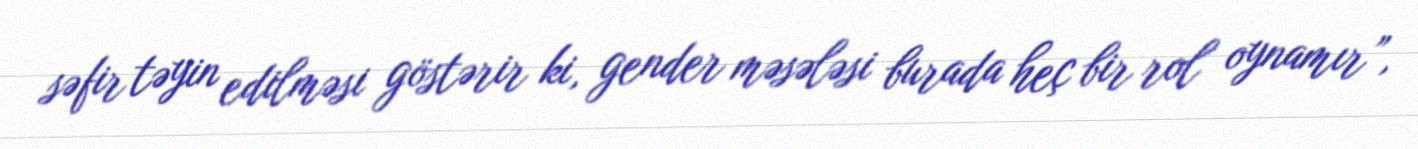
səfir təyin edilməsi göstərir ki, gender məsələsi burada heç bir rol oynamır”,